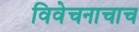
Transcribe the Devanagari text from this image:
विवेचनाचाच